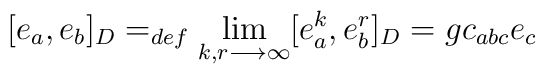
[e_{a}, e_{b}]_{D} =_{def} \lim_{k, r \longrightarrow \infty} [e_{a}^{k}, e_{b}^{r}]_{D} = g c_{abc} e_{c}